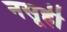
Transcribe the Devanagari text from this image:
नसूही